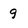
Character: 9